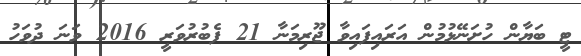
ޓީ ބަޔާން ހުށަނޭޅުމުން އަރައިފައިވާ ޖޫރިމަނާ 21 ފެބުރުވަރީ 2016 ވަނަ ދުވަހު